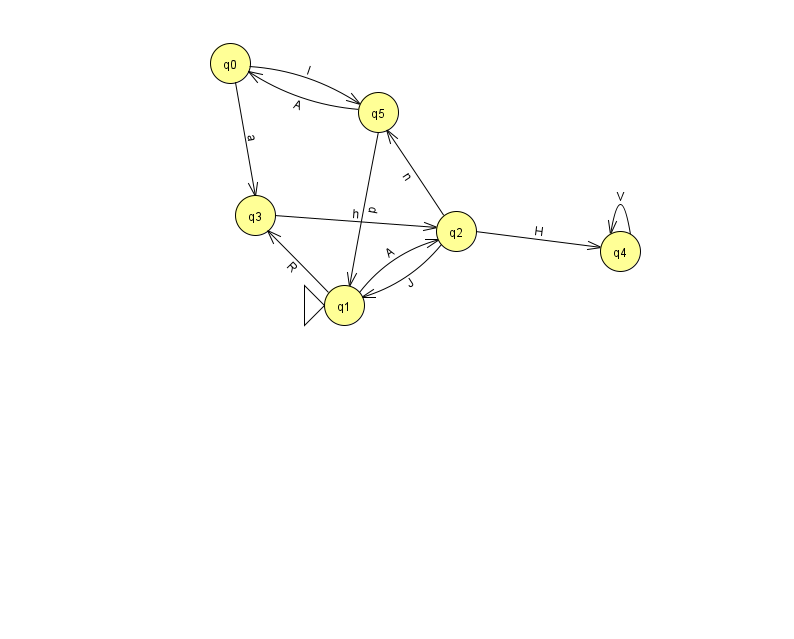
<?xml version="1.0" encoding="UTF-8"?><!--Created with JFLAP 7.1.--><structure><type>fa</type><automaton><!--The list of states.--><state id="0" name="q0"><x>230.0</x><y>50.0</y></state><state id="1" name="q1"><x>344.0</x><y>292.0</y><initial/></state><state id="2" name="q2"><x>456.0</x><y>218.0</y></state><state id="3" name="q3"><x>255.0</x><y>202.0</y></state><state id="4" name="q4"><x>620.0</x><y>238.0</y></state><state id="5" name="q5"><x>378.0</x><y>99.0</y></state><!--The list of transitions.--><transition><from>1</from><to>2</to><read>A</read></transition><transition><from>0</from><to>3</to><read>a</read></transition><transition><from>2</from><to>5</to><read>n</read></transition><transition><from>4</from><to>4</to><read>V</read></transition><transition><from>0</from><to>5</to><read>l</read></transition><transition><from>1</from><to>3</to><read>R</read></transition><transition><from>2</from><to>4</to><read>H</read></transition><transition><from>5</from><to>0</to><read>A</read></transition><transition><from>2</from><to>1</to><read>J</read></transition><transition><from>3</from><to>2</to><read>h</read></transition><transition><from>5</from><to>1</to><read>p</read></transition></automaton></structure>